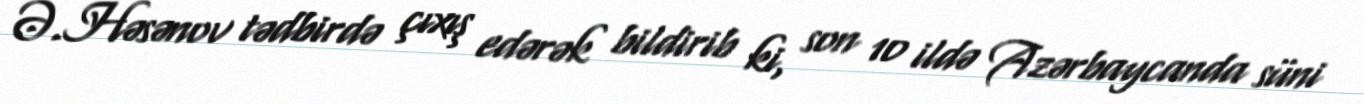
Ə.Həsənov tədbirdə çıxış edərək bildirib ki, son 10 ildə Azərbaycanda süni